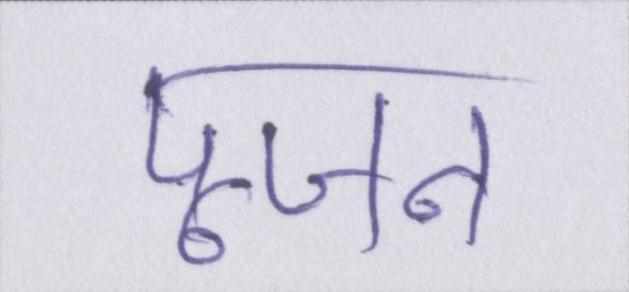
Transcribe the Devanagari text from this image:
पूजन